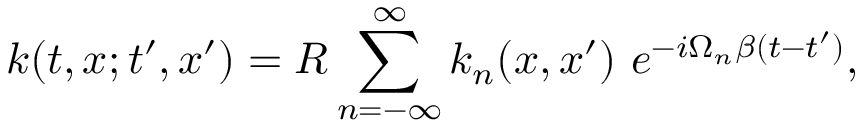
k ( t , x ; t ^ { \prime } , x ^ { \prime } ) = R \sum _ { n = - \infty } ^ { \infty } k _ { n } ( x , x ^ { \prime } ) \ e ^ { - i \Omega _ { n } \beta ( t - t ^ { \prime } ) } ,